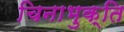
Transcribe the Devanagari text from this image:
चिनाभुक्ति